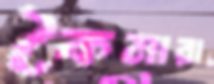
কৈমারা